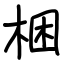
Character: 梱